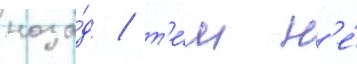
наза́д / т'е́м н'е́